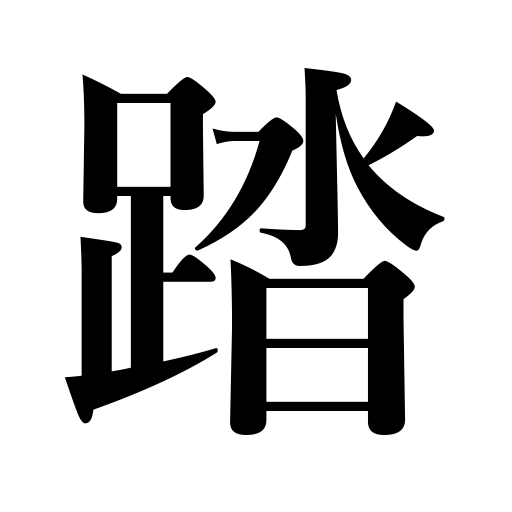
Meanings: evade payment,carry through,practice,appraise,set foot on,trample on,stand on,step on,stamp on